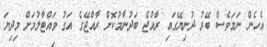
އެހެން ނަމަވެސް ބޭރު ދުނިޔޭގައި ރާއްޖެ ބަދުނާމުކޮށް ރާއްޖޭގެ އަގު ވައްޓާލުމަށް މިދިޔަ